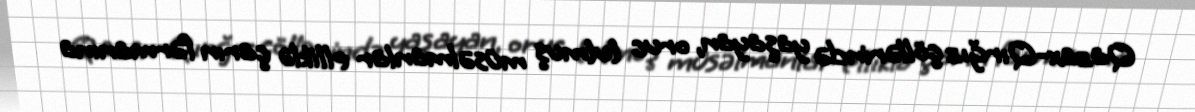
Qazax-Qırğız çöllərində yaşayan, oruc tutmuş müsəlmanlar elliklə çarın fərmanına